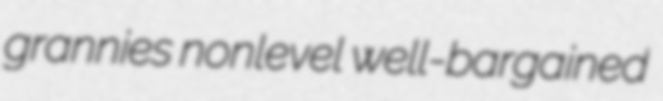
grannies nonlevel well-bargained